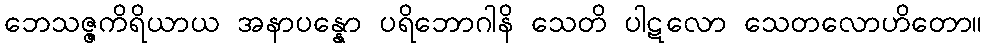
ဘေသဇ္ဇကိရိယာယ အနာပန္နော ပရိဘောဂါနိ သေတိ ပါဋလော သေတလောဟိတော။